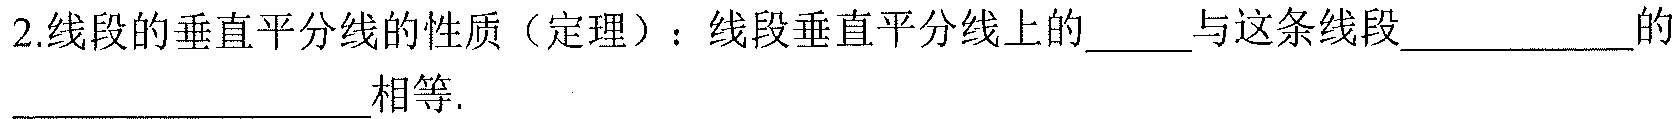
2.线段的垂直平分线的性质（定理）：线段垂直平分线上的______与这条线段__________的_______________相等.